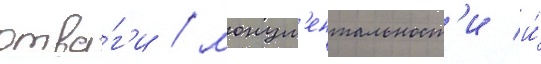
отва́г'и / монум'ентальност'и и́